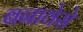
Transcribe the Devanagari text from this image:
बनावेसे